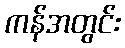
ကန်အတွင်း